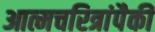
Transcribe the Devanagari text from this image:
आत्मचरित्रांपैकी